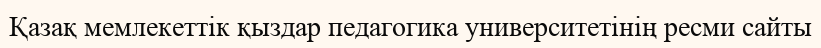
Қазақ мемлекеттік қыздар педагогика университетінің ресми сайты